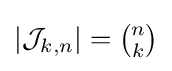
{\textstyle |{\mathcal {J}}_{k,n}|={\binom {n}{k}}}